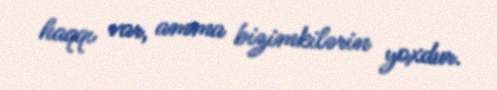
haqqı var, amma bizimkilərin yoxdur.